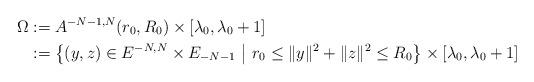
LaTeX: \begin{align*}\Omega& := A^{-N-1,N}(r_0,R_0)\times [\lambda_0,\lambda_0+1]\\ & := \big \{(y,z)\in E^{-N,N}\times E_{-N-1}\ \big |\ r_0\leq \|y\|^2 + \|z\|^2 \leq R_0\big \} \times [\lambda_0,\lambda_0+1]\end{align*}